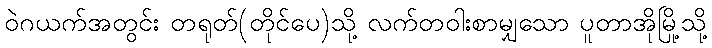
ဝဲဂယက်အတွင်း တရုတ်(တိုင်ပေ)သို့ လက်တဝါးစာမျှသော ပူတာအိုမြို့သို့